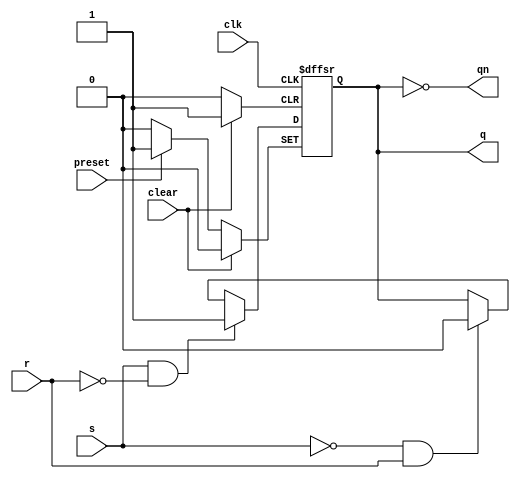
module sr_ff (
    input wire clk,
    input wire clear,
    input wire preset,
    input wire s,
    input wire r,
    output reg q,
    output reg qn
);

always @(posedge clk or posedge clear or posedge preset) begin
    if (clear) begin
        q <= 1'b0;
    end else if (preset) begin
        q <= 1'b1;
    end else if (s && !r) begin
        q <= 1'b1;
    end else if (!s && r) begin
        q <= 1'b0;
    end else begin
        q <= q;
    end
end

assign qn = ~q;

endmodule